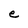
Character: e